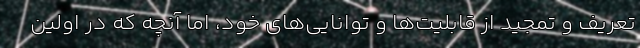
تعریف و تمجید از قابلیت‌ها و توانایی‌های خود، اما آنچه که در اولین